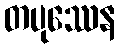
တပုဿေန